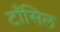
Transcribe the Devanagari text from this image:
टाँसिल